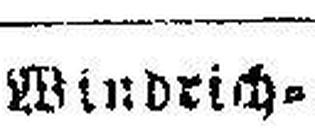
Windrich¬